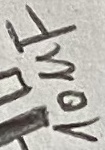
Text: 10µF